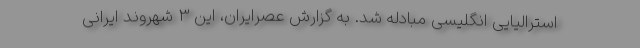
استرالیایی انگلیسی مبادله شد. به گزارش عصرایران، این 3 شهروند ایرانی